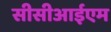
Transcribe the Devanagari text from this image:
सीसीआईएम